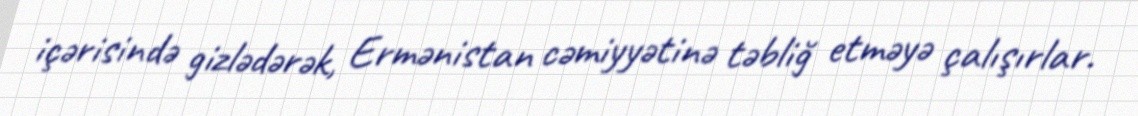
içərisində gizlədərək, Ermənistan cəmiyyətinə təbliğ etməyə çalışırlar.